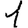
Digit: 1